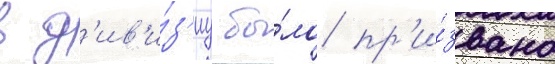
в д'ив'и́з'иу бы́ло пр'и́звано